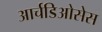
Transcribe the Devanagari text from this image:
आर्चडिओसेस